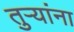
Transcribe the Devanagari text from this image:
तुऱ्यांना